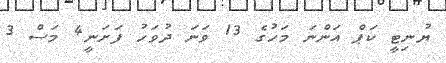
ޔުނިޓީ ކަޕް އަންނަ މަހުގެ 13 ވަނަ ދުވަހު ފަށަނީ4 މަސް 3